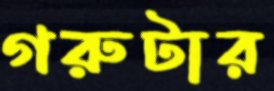
গরুটার